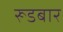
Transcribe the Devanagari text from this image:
रूडबार